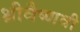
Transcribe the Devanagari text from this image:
श्रीवैष्णवी